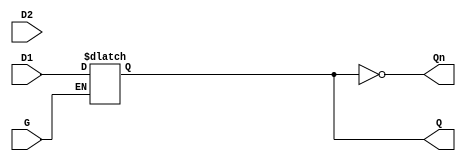
module dual_input_gated_latch (
    input wire D1,        // First data input
    input wire D2,        // Second data input
    input wire G,         // Gate control input (active high)
    output reg Q,         // Latch output
    output wire Qn        // Inverted output
);

// Inverted output
assign Qn = ~Q;

// Latch behavior
always @(G or D1 or D2) begin
    if (G) begin
        // When gate is high, select data input based on some condition
        // For simplicity, let's assume we select D1 when G is high
        Q <= D1; // Capture D1 when G is high
        // If you want to select D2 based on another condition, you can add logic here
    end
    // When G is low, hold the last state of Q
end

endmodule